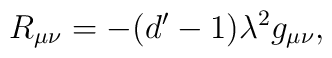
R_{\mu \nu }=-(d^{\prime }-1)\lambda ^{2}g_{\mu \nu },